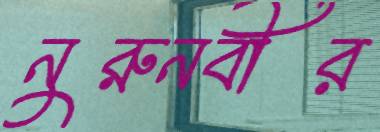
নুরুনবীর